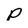
Character: P